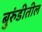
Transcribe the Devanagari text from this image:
बुरुंडीतील